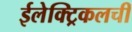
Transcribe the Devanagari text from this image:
ईलेक्ट्रिकलची